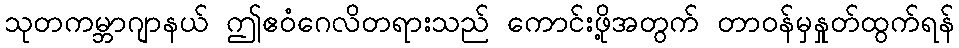
သုတကမ္ဘာဂျာနယ် ဤဧဝံဂေလိတရားသည် ကောင်းဖို့အတွက် တာဝန်မှနှုတ်ထွက်ရန်